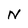
Character: N